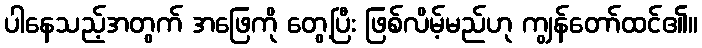
ပါနေသည့်အတွက် အဖြေကို တွေ့ပြီး ဖြစ်လိမ့်မည်ဟု ကျွန်တော်ထင်၏။